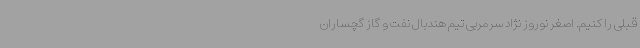
قبلی را کنیم. اصغر نوروز نژاد سرمربی تیم هندبال نفت و گاز گچساران